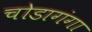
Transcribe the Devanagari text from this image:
चोडागंगा